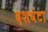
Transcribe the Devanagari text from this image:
दशघंटा